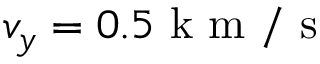
v _ { y } = 0 . 5 \mathrm { ~ k ~ m ~ / ~ s ~ }